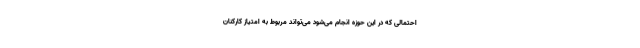
احتمالی که در این حوزه انجام می‌شود می‌تواند مربوط به امتیاز کارکنان